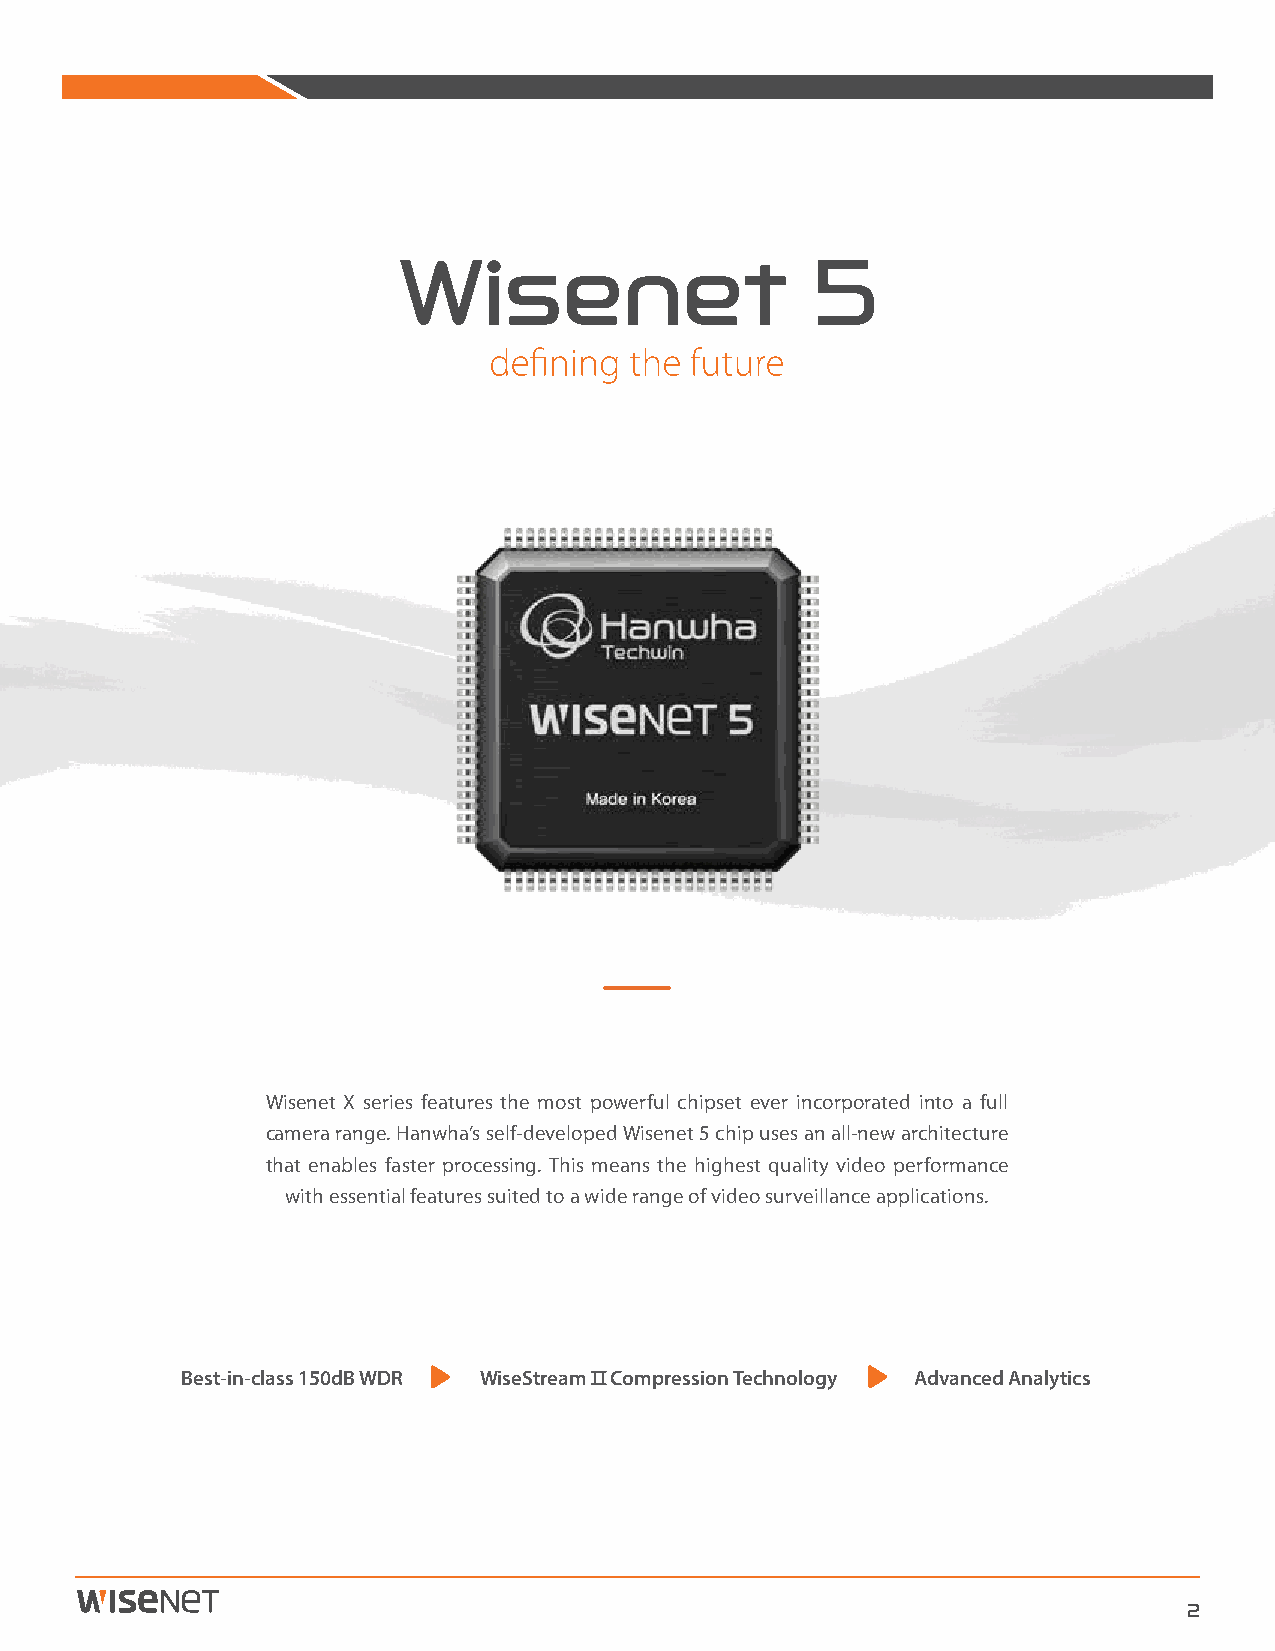
Wisenet X series features the most powerful chipset ever incorporated into a full
 camera range. Hanwha’s self-developed Wisenet 5 chip uses an all-new architecture
 that enables faster processing. This means the highest quality video performance
 with essential features suited to a wide range of video surveillance applications.
 Best-in-class 150dB WDR WiseStream Ⅱ Compression Technology Advanced Analytics
 2